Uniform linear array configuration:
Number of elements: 8
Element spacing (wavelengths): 0.25
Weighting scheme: binomial
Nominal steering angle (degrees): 60
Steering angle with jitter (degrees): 59.721
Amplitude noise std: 0.05
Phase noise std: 0.05

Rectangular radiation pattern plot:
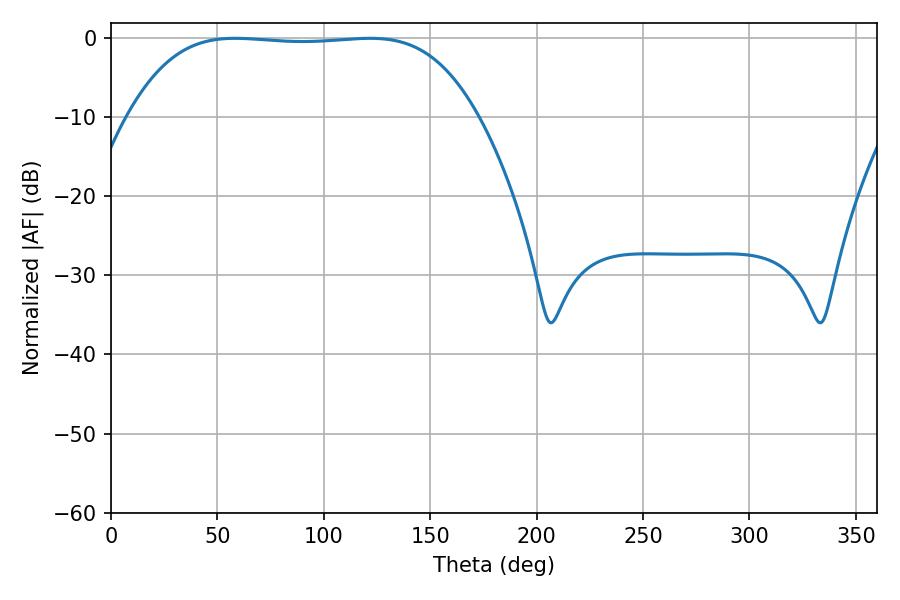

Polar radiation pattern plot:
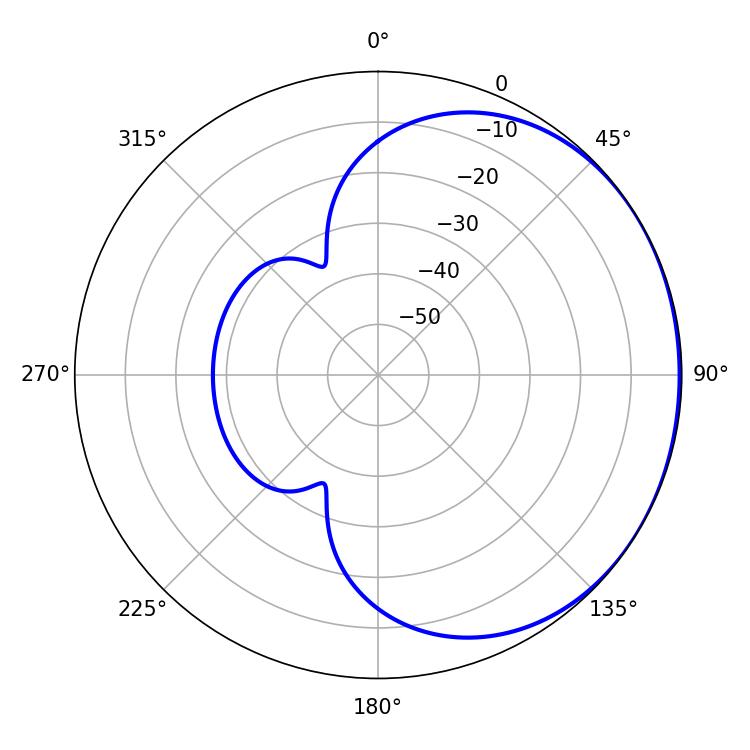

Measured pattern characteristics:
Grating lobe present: FALSE
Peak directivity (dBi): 0.7257
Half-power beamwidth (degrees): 127.08
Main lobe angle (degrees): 58.32